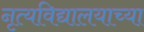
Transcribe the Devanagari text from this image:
नृत्यविद्यालयाच्या